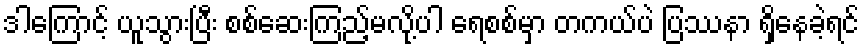
ဒါကြောင့် ယူသွားပြီး စစ်ဆေးကြည့်မလို့ပါ ရေစစ်မှာ တကယ်ပဲ ပြဿနာ ရှိနေခဲ့ရင်